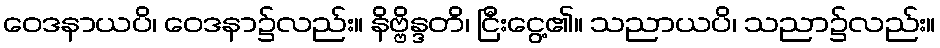
ဝေဒနာယပိ၊ ဝေဒနာ၌လည်း။ နိဗ္ဗိန္ဒတိ၊ ငြီးငွေ့၏။ သညာယပိ၊ သညာ၌လည်း။